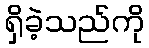
ရှိခဲ့သည်ကို